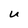
Character: u